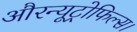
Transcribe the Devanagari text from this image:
औरन्यूट्रोफिल्स।